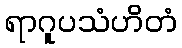
ရာဂူပသံဟိတံ